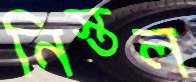
নিস্তল